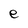
Character: e